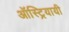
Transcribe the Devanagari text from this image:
ऑस्ट्रियायी